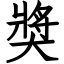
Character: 獎